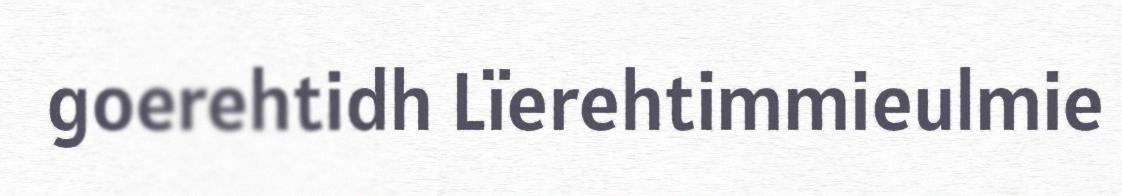
goerehtidh Lïerehtimmieulmie